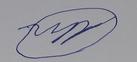
Signature authenticity: forged